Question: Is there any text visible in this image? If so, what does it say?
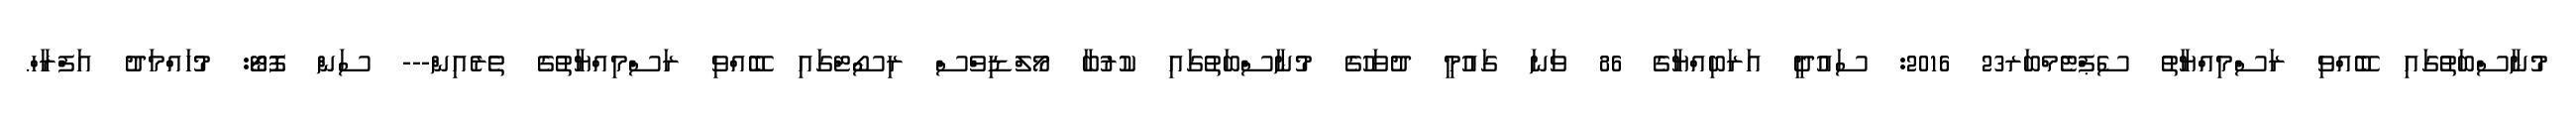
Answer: މުނާސްބަތުގައި ބޭއްވި ރަސްމިއްޔާތު ސެޕްޓެމްބަރ23 2016: ސައުދީ އަރަބިއްޔާގެ 86 ވަނަ ގައުމީ ދުވަހުގެ މުނާސްބަތުގައި ކުރުބާ މޯލްޑިވްސް ރިސޯޓްގައި ބޭއްވި ރަސްމިއްޔާތުގެ ތެރެއިން--- ސަން ފޮޓޯ: މުހައްމަދު އަފްރާހް.